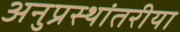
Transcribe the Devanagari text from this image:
अनुप्रस्थांतरीया